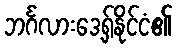
ဘင်္ဂလားဒေ့ရှ်နိုင်ငံ၏